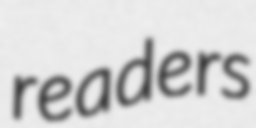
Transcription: readers